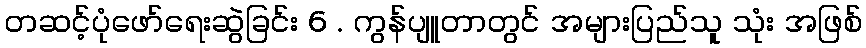
တဆင့်ပုံဖော်ရေးဆွဲခြင်း 6 . ကွန်ပျူတာတွင် အများပြည်သူ သုံး အဖြစ်